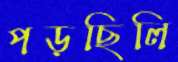
পড়ছিলি